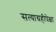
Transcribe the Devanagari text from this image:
सत्याग्रहीपेक्षा